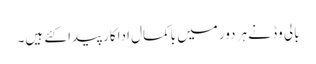
بالی وڈ نے ہر دور میں باکمال اداکار پیدا کئے ہیں۔